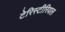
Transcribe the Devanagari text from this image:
टेरिस्टीरियल